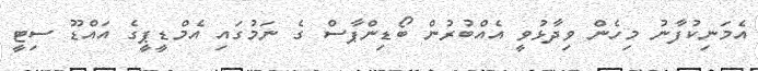
އެމަނިކުފާނު މިހެން ވިދާޅުވީ އެއްބުރުން ބޯޑިންޕާސް ގެ ނަމުގައި އެމްޑީޕީގެ އައްޑޫ ސިޓީ